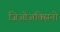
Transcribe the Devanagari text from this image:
जिओअक्सिनो